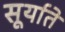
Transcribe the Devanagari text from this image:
सूर्याते